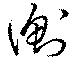
衡